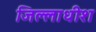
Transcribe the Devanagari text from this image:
जिल्लाधीश